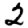
Digit: 2